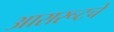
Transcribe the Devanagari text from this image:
आरारूटचे